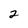
Character: 2